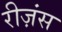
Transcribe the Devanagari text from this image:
रीज़ंस